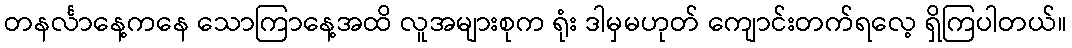
တနင်္လာနေ့ကနေ သောကြာနေ့အထိ လူအများစုက ရုံး ဒါမှမဟုတ် ကျောင်းတက်ရလေ့ ရှိကြပါတယ်။